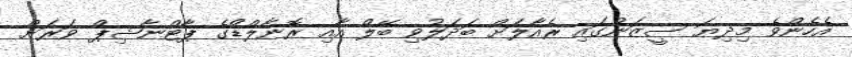
އެހެންވެ މިދިޔަ ސީޒަނުގައި ރެއާލަށް ބަދަލުވި ބޭލް އާއި ރޮނާލްޑޯގެ ޕާޓްނާޝިޕް ވަރަށް